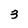
Character: 3